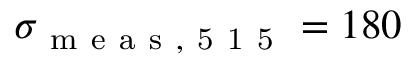
\sigma _ { \mathrm { ~ m ~ e ~ a ~ s ~ , ~ 5 ~ 1 ~ 5 ~ } } = 1 8 0